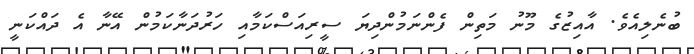
ބުނެލިއެވެ. އާއިޒުގެ މޫނު މަތިން ފެންނަމުންދިޔަ ސީރިއަސްކަމާއި ހަރުދަނާކަމުން އޭނާ އެ ދައްކަނީ